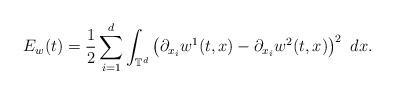
LaTeX: \begin{align*}E_{w}(t)=\frac{1}{2}\sum_{i=1}^{d}\int_{\mathbb{T}^{d}}\left(\partial_{x_{i}}w^{1}(t,x)-\partial_{x_{i}}w^{2}(t,x)\right)^{2}\ dx.\end{align*}